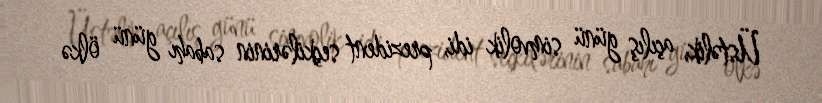
Üstəlik, açılış günü simvolik idi, prezident seçkilərinin sabahı günü ölkə